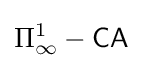
\Pi _{\infty }^{1}-{\mathsf {CA}}